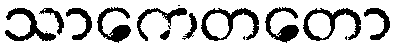
သာကေတတော